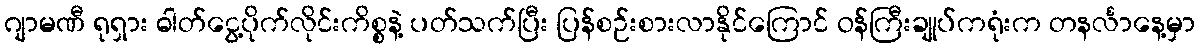
ဂျာမဏီ ရုရှား ဓါတ်ငွေ့ပိုက်လိုင်းကိစ္စနဲ့ ပတ်သက်ပြီး ပြန်စဉ်းစားလာနိုင်ကြောင် ဝန်ကြီးချုပ်ကရုံးက တနင်္လာနေ့မှာ